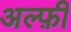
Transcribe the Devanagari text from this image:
अल्फ़ी